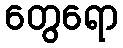
တွေရော